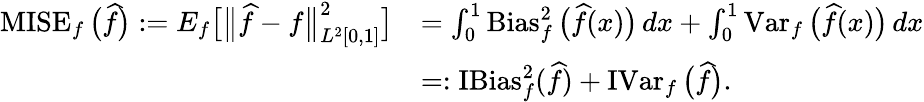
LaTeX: \begin{array}{rl}{\operatorname{MISE}_{f}\big(\widehat f\big):=E_{f}\big[\big\| \widehat f-f\big\| _{L^{2}[0,1]}^{2}\big]}&{=\int_{0}^{1}\operatorname{Bias}_{f}^{2}\big(\widehat f(x)\big)\, dx+\int_{0}^{1}\operatorname{Var}_{f}\big(\widehat f(x)\big)\, dx}\\ &{=:\operatorname{IBias}_{f}^{2}(\widehat f)+\operatorname{IVar}_{f}\big(\widehat f\big).}\end{array}